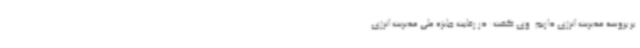
بر پروسه مدیریت انرژی داریم. وی گفت: در رقابت جایزه ملی مدیریت انرژی